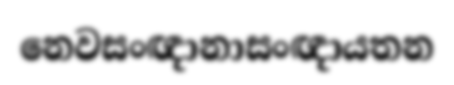
නෙවසංඥානාසංඥායතන